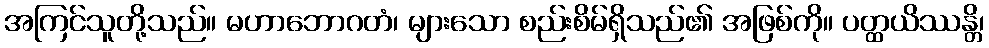
အကြင်သူတို့သည်။ မဟာဘောဂတံ၊ များသော စည်းစိမ်ရှိသည်၏ အဖြစ်ကို။ ပတ္ထယိဿန္တိ၊